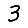
Digit: 3